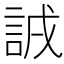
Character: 𧧐